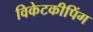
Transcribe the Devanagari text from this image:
विकेटकीपिंग